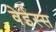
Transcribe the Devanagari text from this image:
वेईस्स